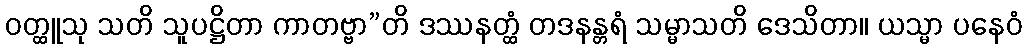
ဝတ္ထူသု သတိ သူပဋ္ဌိတာ ကာတဗ္ဗာ”တိ ဒဿနတ္ထံ တဒနန္တရံ သမ္မာသတိ ဒေသိတာ။ ယသ္မာ ပနေဝံ